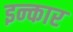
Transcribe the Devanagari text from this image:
इन्‍कार